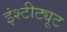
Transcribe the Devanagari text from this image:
इंश्टीट्यूट